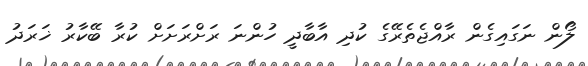
ލޯން ނަގައިގެން ރާއްޖެތެރޭގެ ކުދި އާބާދީ ހުންނަ ރަށްރަށަށް ކުރާ ބޭކާރު ޚަރަދު